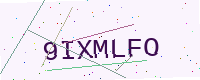
Text: 9IXMLFO